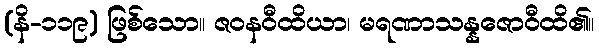
(နိ-၁၁၉) ဖြစ်သော။ ဇဝနဝီထိယာ၊ မရဏာသန္နဇောဝီထိ၏။